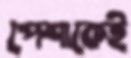
পেশাকেই